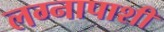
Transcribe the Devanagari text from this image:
लग्नापाशी